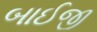
બાઈજી